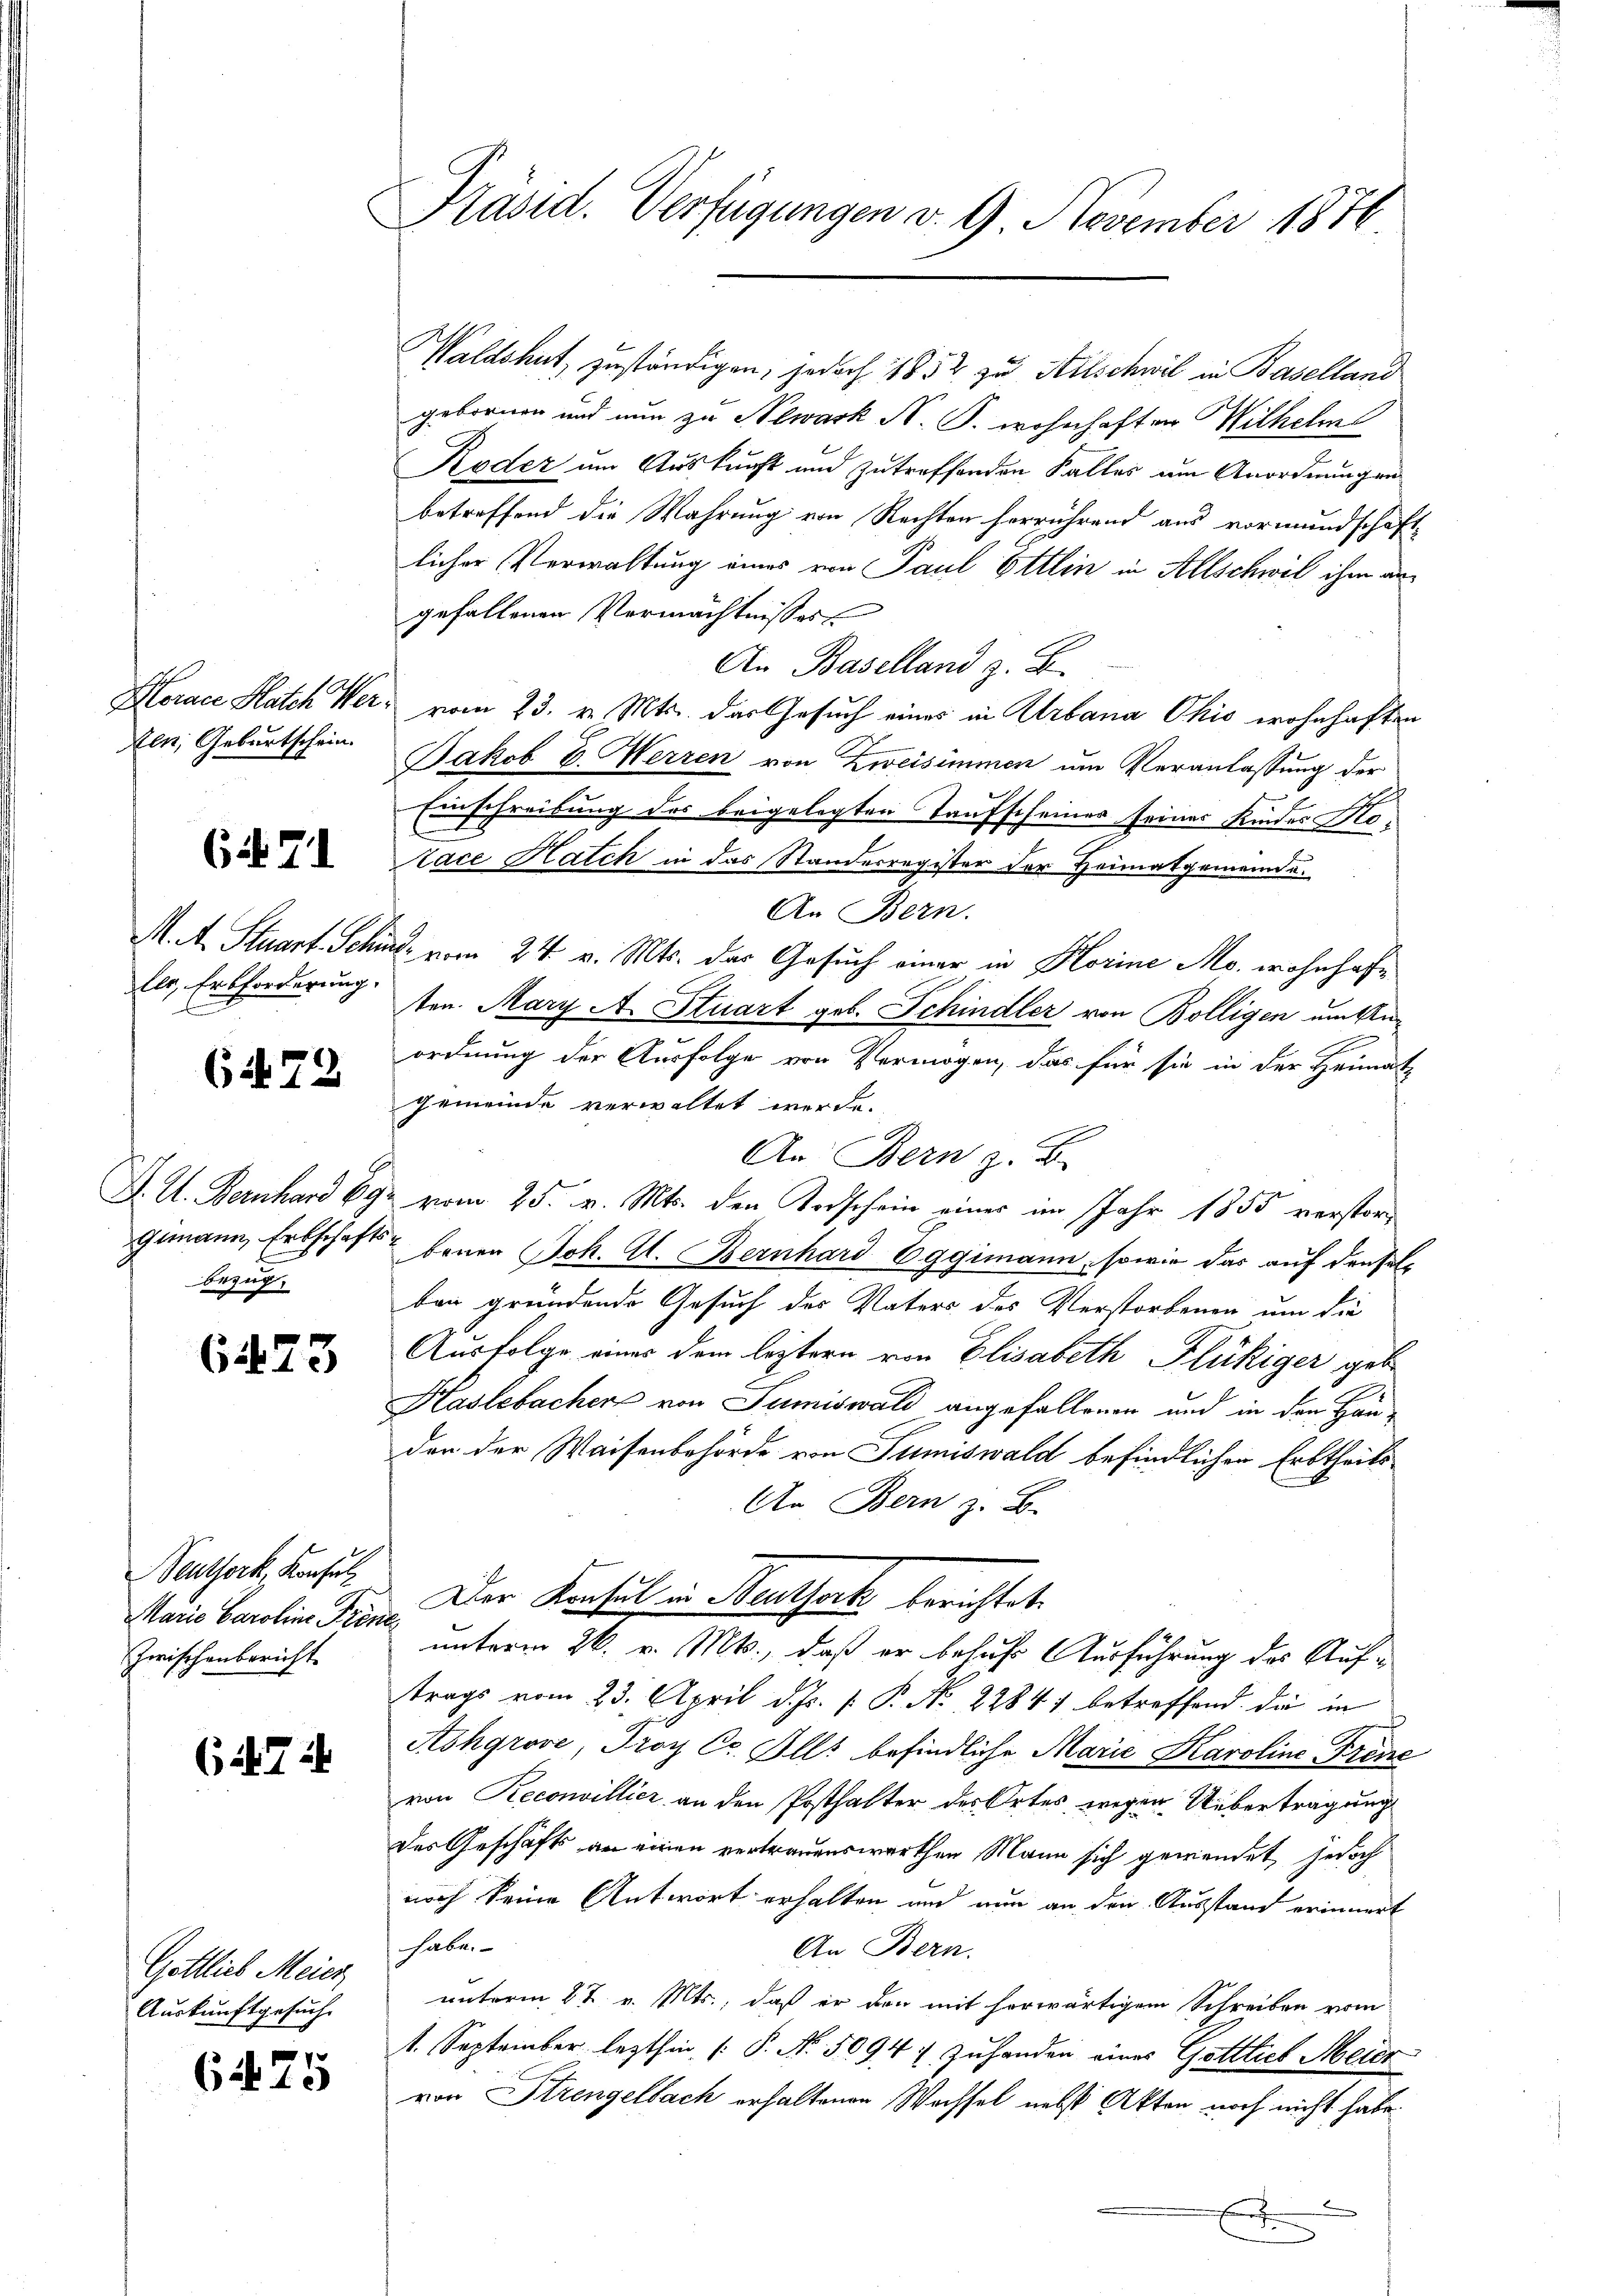
Horace Hatch Ver
Aen Geburtschein.

6471

M. A. Stuart. Schin
lls, Erbforderung
Ei

6. 79

J. U. Bernhard 69
Gemann, Erbschafts
bezug.

623

euthork, Konsul
Marie Caroline Fröm
Zwischenbericht

(. 7 2

Göttlich Meier
Auskunftgesuch.

6475

Präsid. Verfügungen d. 9 November 1876.

2
f

Waldshut, zuständigen, jedoch 1852 zu Hilschwil in Baselland
gebornen und nun zu Newask N. B. wohnhaften Wilhelmi
Koder um Auskunft und zutreffenden Falles am Anordnungen
betreffend die Wahrung von Rechten herrührend aus vormundschaft
licher Verwaltung eines von Paul Ettin in Allschwil ihm angefallenen Vermächtnisses
An Baselland z. B.
vom 23. v. Mts. das Gesuch eines in Urbana Ohio wohnhaften
Jakob E. Werren von Zweisimmen um Veranlassung der
2
Einschreibung des beigelegten Taufscheiner seines Kinder Kolace Hatch in das Standesregister der Heimatgemeinde.
An Bern.
E. vom 24. v. Mts. das Gesuch einer in Horine Mo. wohnhafe
ten. Mary A. Stuart geb. Schindler von Bolligen um Anordnung der Ausfolge von Vermögen, das für sie in der Heimat
gemeinde verwaltet werde.
An: Bern z. B.
vom 25. v. Mts. den Todschein eines im Jahr 1855 verstorbenen Joh. A. Bernhard 6ggimann, sowie das auf denselbar gründende Gesuch des Vaters des Verstorbenen um die
Ausfolge eines dem leztern von Elisabeth Flückiger gebe
Haslebacher von Sumiswald angefallenen und in den Häuden der Waisenbehörde von Sumiswald befindlichen Erbtheils
An Bern z. B.
Der Konsul in Heuthock berichtet.
unterm 26. v. Mts., daß er behufs Ausführung des Auftrags vom 23. April d. Js. [ P. No 22847 betreffend die in
Aohgrove, Troy Ct. Alls befindliche Marie Karoline Freie
von Reconvillier an den Posthalter des Ortes wegen Uebertragung
des Geschäfts an einen vertrauenswerthen Mann sich gewendet, jedoch
noch keine Antwort erhalten und nun an den Ausstand erinnert
habe.
An Bern.
unterm 27. v. Mts., daß er den mit herwärtigem Schreiben vom
1. September lezthin (P. Nr. 5094) Zuhanden eines Gottlieb Meier
von Strengelbach erhaltenen Wechsel nebst Akten noch nicht habe.
.
E